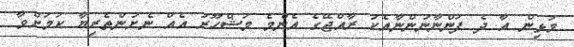
މުޅިން އާ ދެ ފަންނާނުންނާއެކު ރާއްޖޭގެ އެންމެ މަޝްހޫރު އެއް ނެށުންތެރިޔާ ކަމަށްވާ